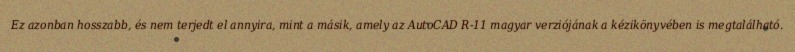
Ez azonban hosszabb, és nem terjedt el annyira, mint a másik, amely az AutoCAD R-11 magyar verziójának a kézikönyvében is megtalálható.